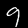
Label: 9